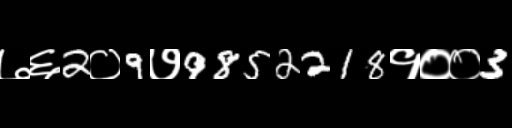
Text: ७६2०9७9852218१००3